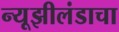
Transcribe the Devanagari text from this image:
न्यूझीलंडाचा